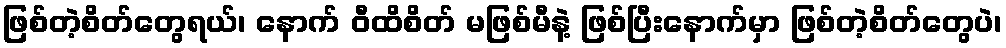
ဖြစ်တဲ့စိတ်တွေရယ်၊ နောက် ဝီထိစိတ် မဖြစ်မီနဲ့ ဖြစ်ပြီးနောက်မှာ ဖြစ်တဲ့စိတ်တွေပဲ၊